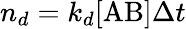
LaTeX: n_{d}=k_{d}[\mathrm{AB}]\Delta t